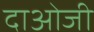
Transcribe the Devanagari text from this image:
दाओजी